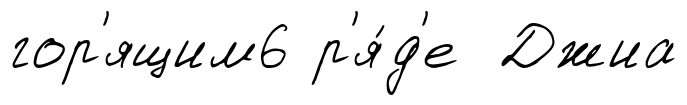
гор'ящим6 р'я́д'е Джиа